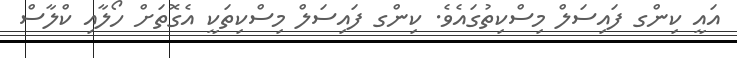
އައީ ކިންގ ފައިސަލް މިސްކިތުގައެވެ. ކިންގ ފައިސަލް މިސްކިތަކީ އެގޮތަށް ހޯލާއި ކްލާސް